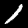
Label: 1